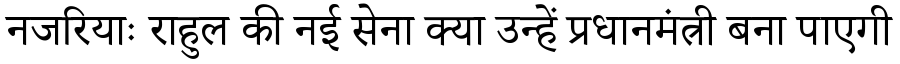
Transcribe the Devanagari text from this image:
नजरियाः राहुल की नई सेना क्या उन्हें प्रधानमंत्री बना पाएगी